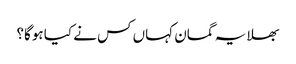
بھلا یہ گمان کہاں کس نے کیا ہوگا؟